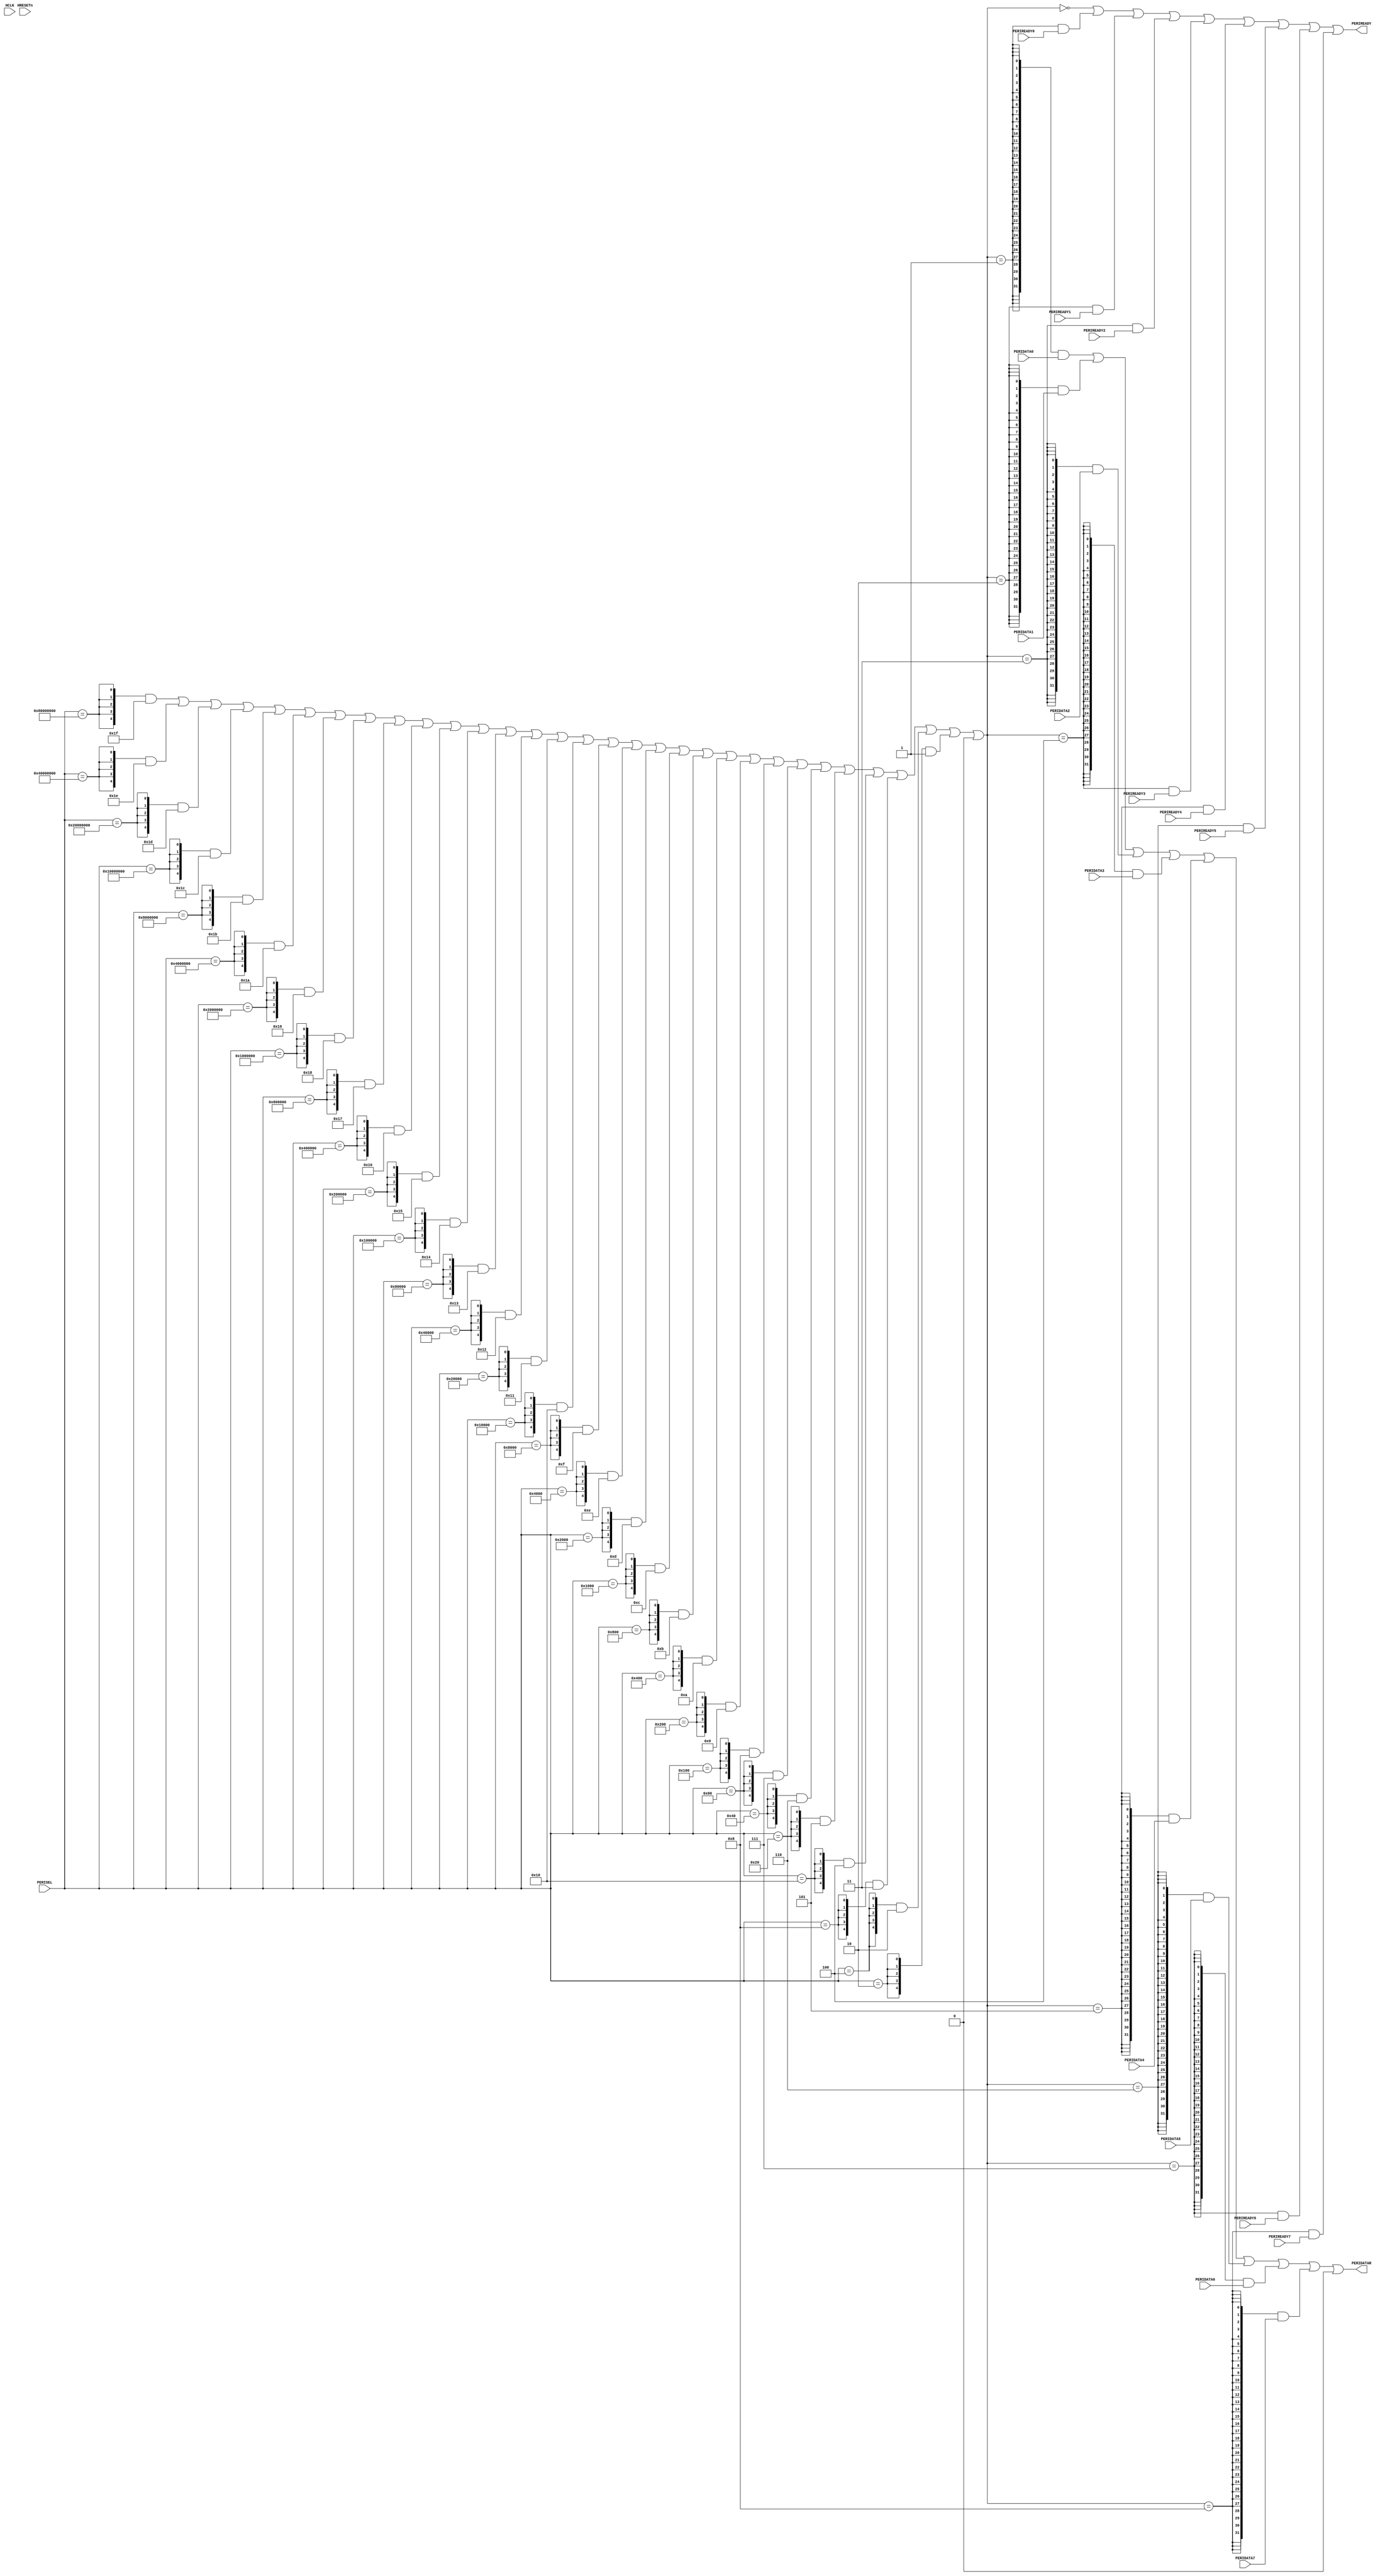
module PERI_MUX
	(
		input HRESETn,
		input HCLK,
		input [31:0]PERISEL,
		output [31:0]PERIDATAR,
		output PERIREADY,
		input [31:0]PERIDATA0,
		input [31:0]PERIDATA1,
		input [31:0]PERIDATA2,
		input [31:0]PERIDATA3,
		input [31:0]PERIDATA4,
		input [31:0]PERIDATA5,
		input [31:0]PERIDATA6,
		input [31:0]PERIDATA7,
		
		input PERIREADY0,
		input PERIREADY1,
		input PERIREADY2,
		input PERIREADY3,
		input PERIREADY4,
		input PERIREADY5,
		input PERIREADY6,
		input PERIREADY7
	);
	reg[4:0]SLAVESEL;
	wire[4:0]SRDCO;
	always @(posedge HCLK or negedge HRESETn)
	begin
		if(!HRESETn)
			SLAVESEL<=1'b0;
		else
			SLAVESEL<=(PERIREADY)?(SRDCO):SLAVESEL;
	end
	assign SRDCO=(
		{5{PERISEL==	32'b10000000000000000000000000000000	}}&31|
		{5{PERISEL==	32'b01000000000000000000000000000000	}}&30|
		{5{PERISEL==	32'b00100000000000000000000000000000	}}&29|
		{5{PERISEL==	32'b00010000000000000000000000000000	}}&28|
		{5{PERISEL==	32'b00001000000000000000000000000000	}}&27|
		{5{PERISEL==	32'b00000100000000000000000000000000	}}&26|
		{5{PERISEL==	32'b00000010000000000000000000000000	}}&25|
		{5{PERISEL==	32'b00000001000000000000000000000000	}}&24|
		{5{PERISEL==	32'b00000000100000000000000000000000	}}&23|
		{5{PERISEL==	32'b00000000010000000000000000000000	}}&22|
		{5{PERISEL==	32'b00000000001000000000000000000000	}}&21|
		{5{PERISEL==	32'b00000000000100000000000000000000	}}&20|
		{5{PERISEL==	32'b00000000000010000000000000000000	}}&19|
		{5{PERISEL==	32'b00000000000001000000000000000000	}}&18|
		{5{PERISEL==	32'b00000000000000100000000000000000	}}&17|
		{5{PERISEL==	32'b00000000000000010000000000000000	}}&16|
		{5{PERISEL==	32'b00000000000000001000000000000000	}}&15|
		{5{PERISEL==	32'b00000000000000000100000000000000	}}&14|
		{5{PERISEL==	32'b00000000000000000010000000000000	}}&13|
		{5{PERISEL==	32'b00000000000000000001000000000000	}}&12|
		{5{PERISEL==	32'b00000000000000000000100000000000	}}&11|
		{5{PERISEL==	32'b00000000000000000000010000000000	}}&10|
		{5{PERISEL==	32'b00000000000000000000001000000000	}}&9|
		{5{PERISEL==	32'b00000000000000000000000100000000	}}&8|
		{5{PERISEL==	32'b00000000000000000000000010000000	}}&7|
		{5{PERISEL==	32'b00000000000000000000000001000000	}}&6|
		{5{PERISEL==	32'b00000000000000000000000000100000	}}&5|
		{5{PERISEL==	32'b00000000000000000000000000010000	}}&4|
		{5{PERISEL==	32'b00000000000000000000000000001000	}}&3|
		{5{PERISEL==	32'b00000000000000000000000000000100	}}&2|
		{5{PERISEL==	32'b00000000000000000000000000000010	}}&1|
		32'h0);
	
	assign PERIDATAR=(
	({32{SRDCO==1}}&PERIDATA0)|
	({32{SRDCO==2}}&PERIDATA1)|
	({32{SRDCO==3}}&PERIDATA2)|
	({32{SRDCO==4}}&PERIDATA3)|
	({32{SRDCO==5}}&PERIDATA4)|
	({32{SRDCO==6}}&PERIDATA5)|
	({32{SRDCO==7}}&PERIDATA6)|
	({32{SRDCO==8}}&PERIDATA7)|
	32'b0
	);
	
	assign PERIREADY=
	((SRDCO==0)|
	((SRDCO==1)&PERIREADY0)|
	((SRDCO==2)&PERIREADY1)|
	((SRDCO==3)&PERIREADY2)|
	((SRDCO==4)&PERIREADY3)|
	((SRDCO==5)&PERIREADY4)|
	((SRDCO==6)&PERIREADY5)|
	((SRDCO==7)&PERIREADY6)|
	((SRDCO==8)&PERIREADY7));
	
	
	
	
endmodule